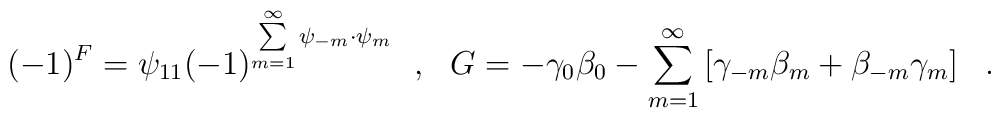
(-1)^{F} = \psi_{11}(-1)^{\sum\limits_{m=1}^{\infty}\psi_{-m}\cdot \psi_m}~~,~~{G} = - \gamma_0 \beta_0 - \sum\limits_{m=1}^{\infty}\left[ \gamma_{-m} \beta_m + \beta_{-m}\gamma_m \right]~~.